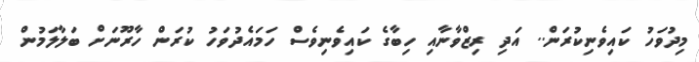
މިދުވަހު ކައިވެނިކުރަން.. އަދި ރިޒްވާނާއި ހިބާގެ ކައިވެނިވެސް ހަމައެދުވަހު ކުރަން ހާރޫނަށް ބަލާލަމުން